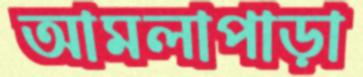
আমলাপাড়া